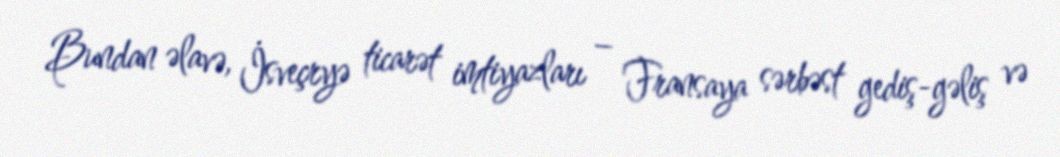
Bundan əlavə, İsveçryə ticarət imtiyazları – Fransaya sərbəst gediş-gəliş və